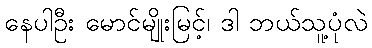
နေပါဦး မောင်မျိုးမြင့်၊ ဒါ ဘယ်သူ့ပုံလဲ